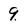
Character: q